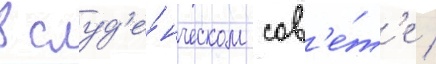
в студ'е́нческом сов'е́т'е /